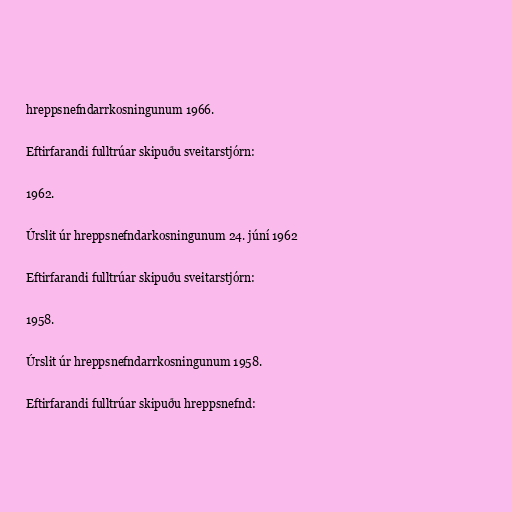
hreppsnefndarrkosningunum 1966.

Eftirfarandi fulltrúar skipuðu sveitarstjórn:

1962.

Úrslit úr hreppsnefndarkosningunum 24. júní 1962

Eftirfarandi fulltrúar skipuðu sveitarstjórn:

1958.

Úrslit úr hreppsnefndarrkosningunum 1958.

Eftirfarandi fulltrúar skipuðu hreppsnefnd: